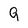
Character: 9